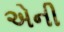
એની